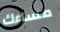
مساءك